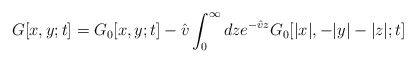
\begin{align*}G[x, y; t] = G_0[x, y; t] - \hat{v} \int_0^{\infty} dze^{-\hat{v} z} G_0[|x|, -|y|-|z|; t]\end{align*}